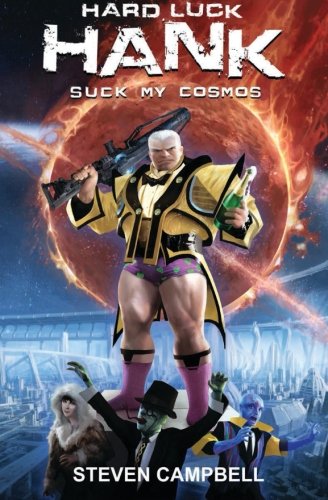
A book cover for Hard Luck Hank: Suck My Cosmos (Volume 4); Steven Campbell; Science Fiction & Fantasy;